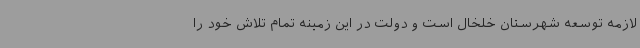
لازمه توسعه شهرستان خلخال است و دولت در این زمینه تمام تلاش خود را